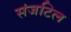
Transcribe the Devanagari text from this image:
संजटिल